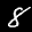
Label: 8